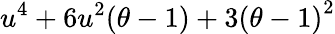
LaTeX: u^{4}+6u^{2}(\theta-1)+3{(\theta-1)}^{2}